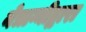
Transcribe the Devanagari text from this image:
नेत्राग्नीद्वारा